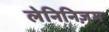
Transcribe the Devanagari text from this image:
लेनिनिज़म